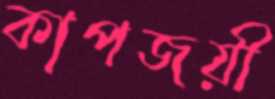
কাপজয়ী